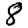
Digit: 8